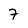
Character: 7